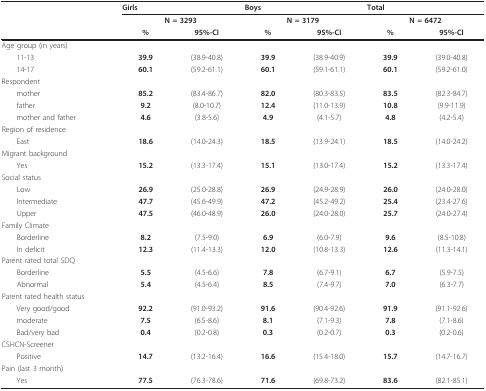
<table><thead><tr><td></td><td colspan="2"><b>Girls</b></td><td colspan="2"><b>Boys</b></td><td colspan="2"><b>Total</b></td></tr><tr><td></td><td colspan="2"><b>N = 3293</b></td><td colspan="2"><b>N = 3179</b></td><td colspan="2"><b>N = 6472</b></td></tr><tr><td></td><td><b>%</b></td><td><b>95%-CI</b></td><td><b>%</b></td><td><b>95%-CI</b></td><td><b>%</b></td><td><b>95%-CI</b></td></tr></thead><tbody><tr><td>Age group (in years)</td><td></td><td></td><td></td><td></td><td></td><td></td></tr><tr><td> 11-13</td><td><b>39.9</b></td><td>(38.9-40.8)</td><td><b>39.9</b></td><td>(38.9-40.9)</td><td><b>39.9</b></td><td>(39.0-40.8)</td></tr><tr><td> 14-17</td><td><b>60.1</b></td><td>(59.2-61.1)</td><td><b>60.1</b></td><td>(59.1-61.1)</td><td><b>60.1</b></td><td>(59.2-61.0)</td></tr><tr><td>Respondent</td><td></td><td></td><td></td><td></td><td></td><td></td></tr><tr><td> mother</td><td><b>85.2</b></td><td>(83.4-86.7)</td><td><b>82.0</b></td><td>(80.3-83.5)</td><td><b>83.5</b></td><td>(82.3-84.7)</td></tr><tr><td> father</td><td><b>9.2</b></td><td>(8.0-10.7)</td><td><b>12.4</b></td><td>(11.0-13.9)</td><td><b>10.8</b></td><td>(9.9-11.9)</td></tr><tr><td> mother and father</td><td><b>4.6</b></td><td>(3.8-5.6)</td><td><b>4.9</b></td><td>(4.1-5.7)</td><td><b>4.8</b></td><td>(4.2-5.4)</td></tr><tr><td>Region of residence</td><td></td><td></td><td></td><td></td><td></td><td></td></tr><tr><td> East</td><td><b>18.6</b></td><td>(14.0-24.3)</td><td><b>18.5</b></td><td>(13.9-24.1)</td><td><b>18.5</b></td><td>(14.0-24.2)</td></tr><tr><td>Migrant background</td><td></td><td></td><td></td><td></td><td></td><td></td></tr><tr><td> Yes</td><td><b>15.2</b></td><td>(13.3-17.4)</td><td><b>15.1</b></td><td>(13.0-17.4)</td><td><b>15.2</b></td><td>(13.3-17.4)</td></tr><tr><td>Social status</td><td></td><td></td><td></td><td></td><td></td><td></td></tr><tr><td> Low</td><td><b>26.9</b></td><td>(25.0-28.8)</td><td><b>26.9</b></td><td>(24.9-28.9)</td><td><b>26.0</b></td><td>(24.0-28.0)</td></tr><tr><td> Intermediate</td><td><b>47.7</b></td><td>(45.6-49.9)</td><td><b>47.2</b></td><td>(45.2-49.2)</td><td><b>25.4</b></td><td>(23.4-27.6)</td></tr><tr><td> Upper</td><td><b>47.5</b></td><td>(46.0-48.9)</td><td><b>26.0</b></td><td>(24.0-28.0)</td><td><b>25.7</b></td><td>(24.0-27.4)</td></tr><tr><td>Family Climate</td><td></td><td></td><td></td><td></td><td></td><td></td></tr><tr><td> Borderline</td><td><b>8.2</b></td><td>(7.5-9.0)</td><td><b>6.9</b></td><td>(6.0-7.9)</td><td><b>9.6</b></td><td>(8.5-10.8)</td></tr><tr><td> In deficit</td><td><b>12.3</b></td><td>(11.4-13.3)</td><td><b>12.0</b></td><td>(10.8-13.3)</td><td><b>12.6</b></td><td>(11.3-14.1)</td></tr><tr><td>Parent rated total SDQ</td><td></td><td></td><td></td><td></td><td></td><td></td></tr><tr><td> Borderline</td><td><b>5.5</b></td><td>(4.5-6.6)</td><td><b>7.8</b></td><td>(6.7-9.1)</td><td><b>6.7</b></td><td>(5.9-7.5)</td></tr><tr><td> Abnormal</td><td><b>5.4</b></td><td>(4.5-6.4)</td><td><b>8.5</b></td><td>(7.4-9.7)</td><td><b>7.0</b></td><td>(6.3-7.7)</td></tr><tr><td>Parent rated health status</td><td></td><td></td><td></td><td></td><td></td><td></td></tr><tr><td> Very good/good</td><td><b>92.2</b></td><td>(91.0-93.2)</td><td><b>91.6</b></td><td>(90.4-92.6)</td><td><b>91.9</b></td><td>(91.1-92.6)</td></tr><tr><td> moderate</td><td><b>7.5</b></td><td>(6.5-8.6)</td><td><b>8.1</b></td><td>(7.1-9.3)</td><td><b>7.8</b></td><td>(7.1-8.6)</td></tr><tr><td> Bad/very bad</td><td><b>0.4</b></td><td>(0.2-0.8)</td><td><b>0.3</b></td><td>(0.2-0.7)</td><td><b>0.3</b></td><td>(0.2-0.6)</td></tr><tr><td>CSHCN-Screener</td><td></td><td></td><td></td><td></td><td></td><td></td></tr><tr><td> Positive</td><td><b>14.7</b></td><td>(13.2-16.4)</td><td><b>16.6</b></td><td>(15.4-18.0)</td><td><b>15.7</b></td><td>(14.7-16.7)</td></tr><tr><td>Pain (last 3 month)</td><td></td><td></td><td></td><td></td><td></td><td></td></tr><tr><td> Yes</td><td><b>77.5</b></td><td>(76.3-78.6)</td><td><b>71.6</b></td><td>(69.8-73.2)</td><td><b>83.6</b></td><td>(82.1-85.1)</td></tr></tbody></table>